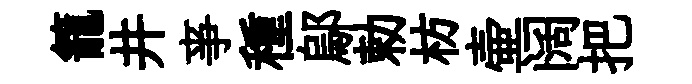
籠井亊種鄔勅枋壷阔把